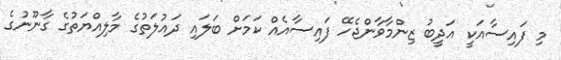
މި ފައިސާއަކީ އަދީބު ޒިންމާވާންޖެހޭ ފައިސާއެއް ކަމަށް ބަލައި ދައުލަތުގެ މާލިއްޔަތުގެ ގާނޫނުގެ